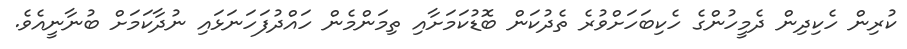
ކުރިން ހެކިދިން ދެމީހުންގެ ހެކިބަހަށްވުރެ ތެދުކަން ބޮޑުކަމަށާއި ތިމަންމެން ހައްދުފަހަނަޅައި ނުދާކަމަށް ބުނާނީއެވެ.